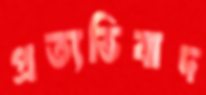
প্রত্যভিবাদ